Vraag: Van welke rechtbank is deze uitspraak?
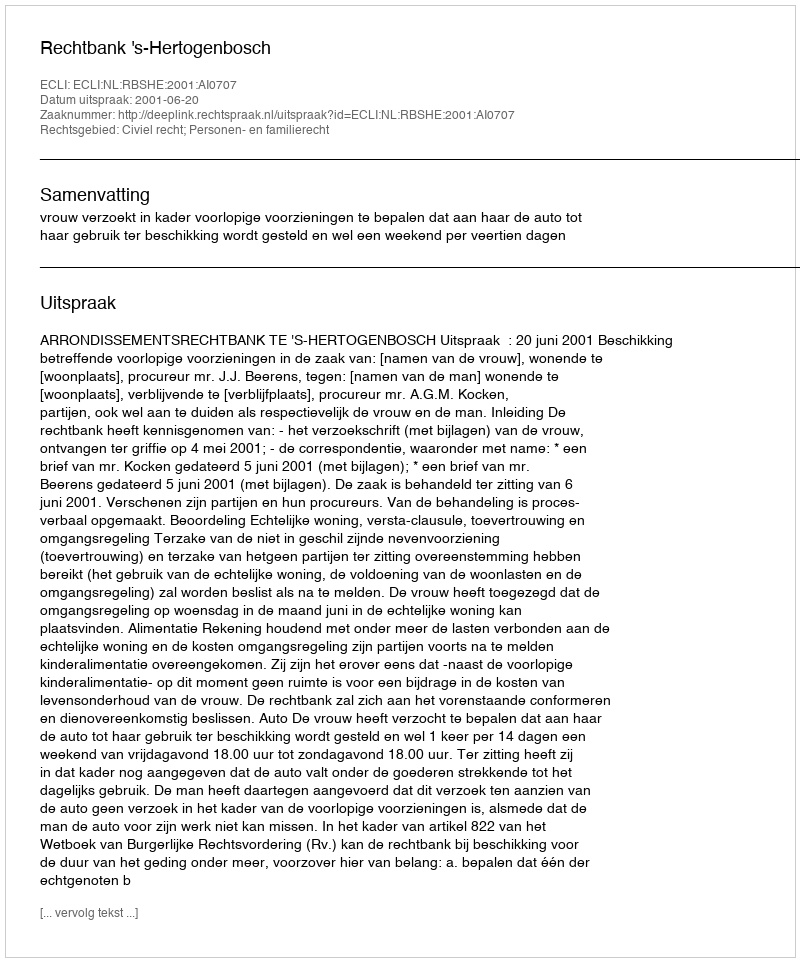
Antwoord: Rechtbank 's-Hertogenbosch